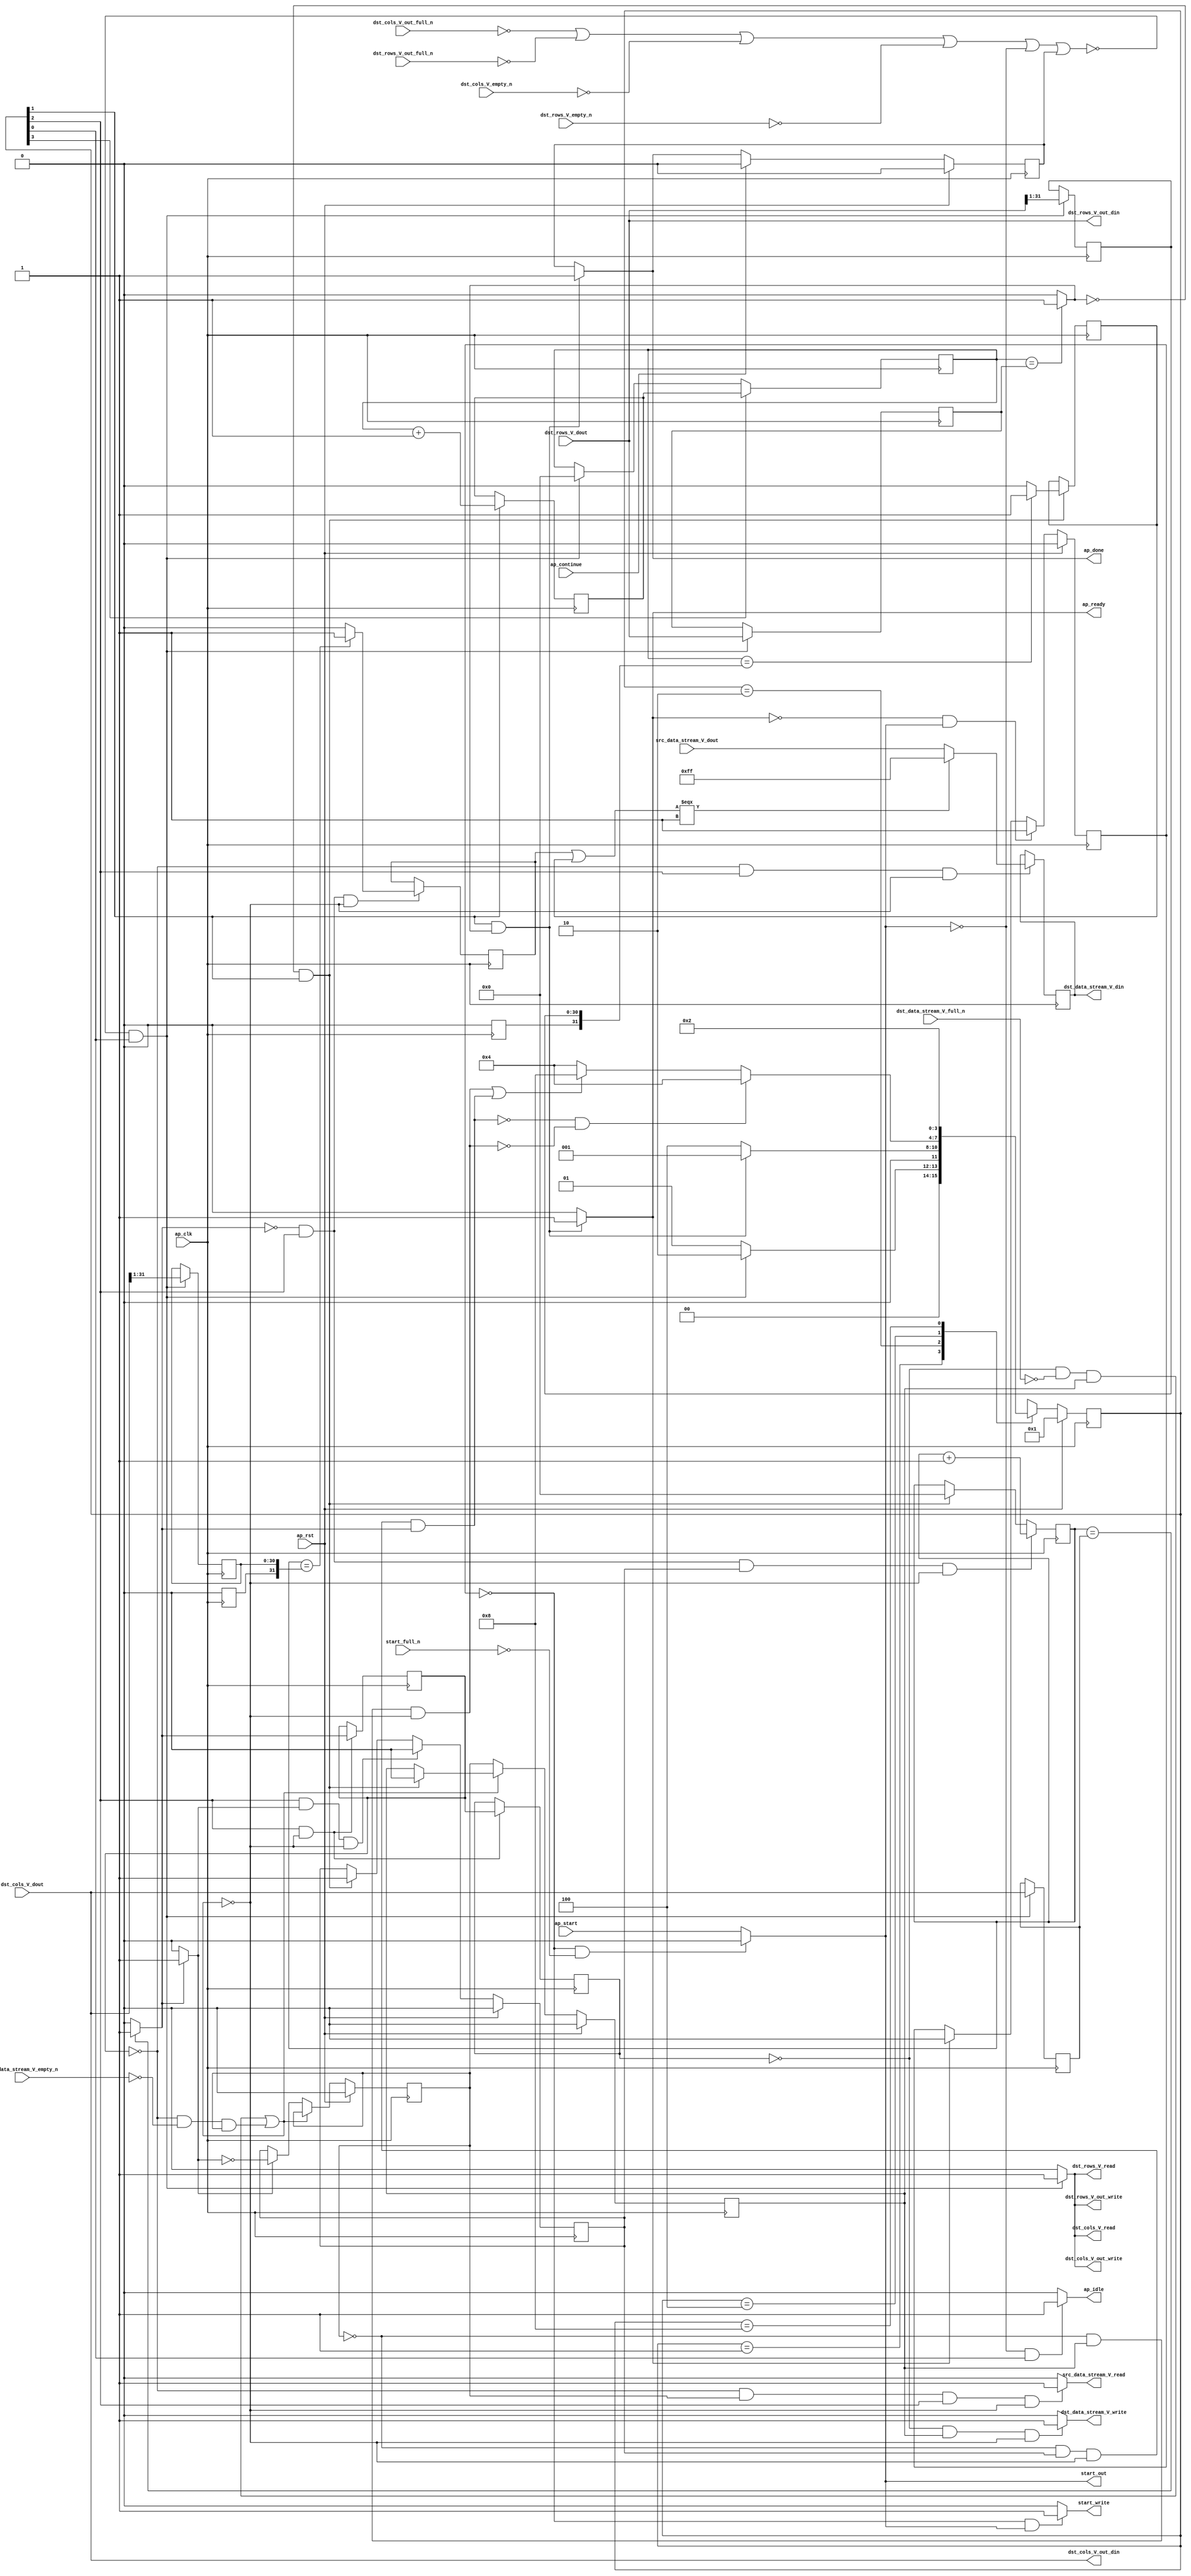
// ==============================================================
// RTL generated by Vivado(TM) HLS - High-Level Synthesis from C, C++ and SystemC
// Version: 2018.2
// Copyright (C) 1986-2018 Xilinx, Inc. All Rights Reserved.
// 
// ===========================================================

`timescale 1 ns / 1 ps 

module draw_middle_line (
        ap_clk,
        ap_rst,
        ap_start,
        start_full_n,
        ap_done,
        ap_continue,
        ap_idle,
        ap_ready,
        start_out,
        start_write,
        src_data_stream_V_dout,
        src_data_stream_V_empty_n,
        src_data_stream_V_read,
        dst_rows_V_dout,
        dst_rows_V_empty_n,
        dst_rows_V_read,
        dst_cols_V_dout,
        dst_cols_V_empty_n,
        dst_cols_V_read,
        dst_data_stream_V_din,
        dst_data_stream_V_full_n,
        dst_data_stream_V_write,
        dst_rows_V_out_din,
        dst_rows_V_out_full_n,
        dst_rows_V_out_write,
        dst_cols_V_out_din,
        dst_cols_V_out_full_n,
        dst_cols_V_out_write
);

parameter    ap_ST_fsm_state1 = 4'd1;
parameter    ap_ST_fsm_state2 = 4'd2;
parameter    ap_ST_fsm_pp0_stage0 = 4'd4;
parameter    ap_ST_fsm_state6 = 4'd8;

input   ap_clk;
input   ap_rst;
input   ap_start;
input   start_full_n;
output   ap_done;
input   ap_continue;
output   ap_idle;
output   ap_ready;
output   start_out;
output   start_write;
input  [7:0] src_data_stream_V_dout;
input   src_data_stream_V_empty_n;
output   src_data_stream_V_read;
input  [31:0] dst_rows_V_dout;
input   dst_rows_V_empty_n;
output   dst_rows_V_read;
input  [31:0] dst_cols_V_dout;
input   dst_cols_V_empty_n;
output   dst_cols_V_read;
output  [7:0] dst_data_stream_V_din;
input   dst_data_stream_V_full_n;
output   dst_data_stream_V_write;
output  [31:0] dst_rows_V_out_din;
input   dst_rows_V_out_full_n;
output   dst_rows_V_out_write;
output  [31:0] dst_cols_V_out_din;
input   dst_cols_V_out_full_n;
output   dst_cols_V_out_write;

reg ap_done;
reg ap_idle;
reg start_write;
reg src_data_stream_V_read;
reg dst_rows_V_read;
reg dst_cols_V_read;
reg dst_data_stream_V_write;
reg dst_rows_V_out_write;
reg dst_cols_V_out_write;

reg    real_start;
reg    start_once_reg;
reg    ap_done_reg;
(* fsm_encoding = "none" *) reg   [3:0] ap_CS_fsm;
wire    ap_CS_fsm_state1;
reg    internal_ap_ready;
reg    src_data_stream_V_blk_n;
wire    ap_CS_fsm_pp0_stage0;
reg    ap_enable_reg_pp0_iter1;
wire    ap_block_pp0_stage0;
reg   [0:0] exitcond_i_reg_299;
reg    dst_rows_V_blk_n;
reg    dst_cols_V_blk_n;
reg    dst_data_stream_V_blk_n;
reg    ap_enable_reg_pp0_iter2;
reg   [0:0] exitcond_i_reg_299_pp0_iter1_reg;
reg    dst_rows_V_out_blk_n;
reg    dst_cols_V_out_blk_n;
reg   [31:0] t_V_1_reg_182;
reg   [31:0] rows_V_reg_265;
reg    ap_block_state1;
reg   [31:0] cols_V_reg_270;
wire   [31:0] r_V_2_fu_203_p1;
reg   [31:0] r_V_2_reg_275;
wire   [31:0] r_V_3_fu_217_p1;
reg   [31:0] r_V_3_reg_280;
wire   [0:0] exitcond1_i_fu_221_p2;
wire    ap_CS_fsm_state2;
wire   [31:0] i_V_fu_226_p2;
reg   [31:0] i_V_reg_289;
wire   [0:0] tmp_2_i_fu_232_p2;
reg   [0:0] tmp_2_i_reg_294;
wire   [0:0] exitcond_i_fu_237_p2;
wire    ap_block_state3_pp0_stage0_iter0;
reg    ap_block_state4_pp0_stage0_iter1;
reg    ap_block_state5_pp0_stage0_iter2;
reg    ap_block_pp0_stage0_11001;
wire   [31:0] j_V_fu_242_p2;
reg    ap_enable_reg_pp0_iter0;
wire   [0:0] tmp_i_fu_248_p2;
reg   [0:0] tmp_i_reg_308;
wire   [7:0] tmp_1_fu_257_p3;
reg   [7:0] tmp_1_reg_313;
reg    ap_block_pp0_stage0_subdone;
reg    ap_condition_pp0_exit_iter0_state3;
reg   [31:0] t_V_reg_171;
wire    ap_CS_fsm_state6;
reg    ap_block_pp0_stage0_01001;
wire   [30:0] r_V_fu_193_p4;
wire   [30:0] r_V_1_fu_207_p4;
wire   [0:0] or_cond_i_fu_253_p2;
reg   [3:0] ap_NS_fsm;
reg    ap_idle_pp0;
wire    ap_enable_pp0;

// power-on initialization
initial begin
#0 start_once_reg = 1'b0;
#0 ap_done_reg = 1'b0;
#0 ap_CS_fsm = 4'd1;
#0 ap_enable_reg_pp0_iter1 = 1'b0;
#0 ap_enable_reg_pp0_iter2 = 1'b0;
#0 ap_enable_reg_pp0_iter0 = 1'b0;
end

always @ (posedge ap_clk) begin
    if (ap_rst == 1'b1) begin
        ap_CS_fsm <= ap_ST_fsm_state1;
    end else begin
        ap_CS_fsm <= ap_NS_fsm;
    end
end

always @ (posedge ap_clk) begin
    if (ap_rst == 1'b1) begin
        ap_done_reg <= 1'b0;
    end else begin
        if ((ap_continue == 1'b1)) begin
            ap_done_reg <= 1'b0;
        end else if (((1'b1 == ap_CS_fsm_state2) & (exitcond1_i_fu_221_p2 == 1'd1))) begin
            ap_done_reg <= 1'b1;
        end
    end
end

always @ (posedge ap_clk) begin
    if (ap_rst == 1'b1) begin
        ap_enable_reg_pp0_iter0 <= 1'b0;
    end else begin
        if (((1'b1 == ap_CS_fsm_pp0_stage0) & (1'b1 == ap_condition_pp0_exit_iter0_state3) & (1'b0 == ap_block_pp0_stage0_subdone))) begin
            ap_enable_reg_pp0_iter0 <= 1'b0;
        end else if (((exitcond1_i_fu_221_p2 == 1'd0) & (1'b1 == ap_CS_fsm_state2))) begin
            ap_enable_reg_pp0_iter0 <= 1'b1;
        end
    end
end

always @ (posedge ap_clk) begin
    if (ap_rst == 1'b1) begin
        ap_enable_reg_pp0_iter1 <= 1'b0;
    end else begin
        if ((1'b0 == ap_block_pp0_stage0_subdone)) begin
            if ((1'b1 == ap_condition_pp0_exit_iter0_state3)) begin
                ap_enable_reg_pp0_iter1 <= (1'b1 ^ ap_condition_pp0_exit_iter0_state3);
            end else if ((1'b1 == 1'b1)) begin
                ap_enable_reg_pp0_iter1 <= ap_enable_reg_pp0_iter0;
            end
        end
    end
end

always @ (posedge ap_clk) begin
    if (ap_rst == 1'b1) begin
        ap_enable_reg_pp0_iter2 <= 1'b0;
    end else begin
        if ((1'b0 == ap_block_pp0_stage0_subdone)) begin
            ap_enable_reg_pp0_iter2 <= ap_enable_reg_pp0_iter1;
        end else if (((exitcond1_i_fu_221_p2 == 1'd0) & (1'b1 == ap_CS_fsm_state2))) begin
            ap_enable_reg_pp0_iter2 <= 1'b0;
        end
    end
end

always @ (posedge ap_clk) begin
    if (ap_rst == 1'b1) begin
        start_once_reg <= 1'b0;
    end else begin
        if (((internal_ap_ready == 1'b0) & (real_start == 1'b1))) begin
            start_once_reg <= 1'b1;
        end else if ((internal_ap_ready == 1'b1)) begin
            start_once_reg <= 1'b0;
        end
    end
end

always @ (posedge ap_clk) begin
    if (((exitcond_i_fu_237_p2 == 1'd0) & (1'b1 == ap_CS_fsm_pp0_stage0) & (ap_enable_reg_pp0_iter0 == 1'b1) & (1'b0 == ap_block_pp0_stage0_11001))) begin
        t_V_1_reg_182 <= j_V_fu_242_p2;
    end else if (((exitcond1_i_fu_221_p2 == 1'd0) & (1'b1 == ap_CS_fsm_state2))) begin
        t_V_1_reg_182 <= 32'd0;
    end
end

always @ (posedge ap_clk) begin
    if ((1'b1 == ap_CS_fsm_state6)) begin
        t_V_reg_171 <= i_V_reg_289;
    end else if ((~((dst_cols_V_out_full_n == 1'b0) | (dst_rows_V_out_full_n == 1'b0) | (dst_cols_V_empty_n == 1'b0) | (dst_rows_V_empty_n == 1'b0) | (real_start == 1'b0) | (ap_done_reg == 1'b1)) & (1'b1 == ap_CS_fsm_state1))) begin
        t_V_reg_171 <= 32'd0;
    end
end

always @ (posedge ap_clk) begin
    if ((~((dst_cols_V_out_full_n == 1'b0) | (dst_rows_V_out_full_n == 1'b0) | (dst_cols_V_empty_n == 1'b0) | (dst_rows_V_empty_n == 1'b0) | (real_start == 1'b0) | (ap_done_reg == 1'b1)) & (1'b1 == ap_CS_fsm_state1))) begin
        cols_V_reg_270 <= dst_cols_V_dout;
        r_V_2_reg_275[30 : 0] <= r_V_2_fu_203_p1[30 : 0];
        r_V_3_reg_280[30 : 0] <= r_V_3_fu_217_p1[30 : 0];
        rows_V_reg_265 <= dst_rows_V_dout;
    end
end

always @ (posedge ap_clk) begin
    if (((1'b1 == ap_CS_fsm_pp0_stage0) & (1'b0 == ap_block_pp0_stage0_11001))) begin
        exitcond_i_reg_299 <= exitcond_i_fu_237_p2;
        exitcond_i_reg_299_pp0_iter1_reg <= exitcond_i_reg_299;
    end
end

always @ (posedge ap_clk) begin
    if ((1'b1 == ap_CS_fsm_state2)) begin
        i_V_reg_289 <= i_V_fu_226_p2;
    end
end

always @ (posedge ap_clk) begin
    if (((exitcond_i_reg_299 == 1'd0) & (1'b1 == ap_CS_fsm_pp0_stage0) & (1'b0 == ap_block_pp0_stage0_11001))) begin
        tmp_1_reg_313 <= tmp_1_fu_257_p3;
    end
end

always @ (posedge ap_clk) begin
    if (((exitcond1_i_fu_221_p2 == 1'd0) & (1'b1 == ap_CS_fsm_state2))) begin
        tmp_2_i_reg_294 <= tmp_2_i_fu_232_p2;
    end
end

always @ (posedge ap_clk) begin
    if (((exitcond_i_fu_237_p2 == 1'd0) & (1'b1 == ap_CS_fsm_pp0_stage0) & (1'b0 == ap_block_pp0_stage0_11001))) begin
        tmp_i_reg_308 <= tmp_i_fu_248_p2;
    end
end

always @ (*) begin
    if ((exitcond_i_fu_237_p2 == 1'd1)) begin
        ap_condition_pp0_exit_iter0_state3 = 1'b1;
    end else begin
        ap_condition_pp0_exit_iter0_state3 = 1'b0;
    end
end

always @ (*) begin
    if (((1'b1 == ap_CS_fsm_state2) & (exitcond1_i_fu_221_p2 == 1'd1))) begin
        ap_done = 1'b1;
    end else begin
        ap_done = ap_done_reg;
    end
end

always @ (*) begin
    if (((real_start == 1'b0) & (1'b1 == ap_CS_fsm_state1))) begin
        ap_idle = 1'b1;
    end else begin
        ap_idle = 1'b0;
    end
end

always @ (*) begin
    if (((ap_enable_reg_pp0_iter2 == 1'b0) & (ap_enable_reg_pp0_iter1 == 1'b0) & (ap_enable_reg_pp0_iter0 == 1'b0))) begin
        ap_idle_pp0 = 1'b1;
    end else begin
        ap_idle_pp0 = 1'b0;
    end
end

always @ (*) begin
    if ((~((real_start == 1'b0) | (ap_done_reg == 1'b1)) & (1'b1 == ap_CS_fsm_state1))) begin
        dst_cols_V_blk_n = dst_cols_V_empty_n;
    end else begin
        dst_cols_V_blk_n = 1'b1;
    end
end

always @ (*) begin
    if ((~((real_start == 1'b0) | (ap_done_reg == 1'b1)) & (1'b1 == ap_CS_fsm_state1))) begin
        dst_cols_V_out_blk_n = dst_cols_V_out_full_n;
    end else begin
        dst_cols_V_out_blk_n = 1'b1;
    end
end

always @ (*) begin
    if ((~((dst_cols_V_out_full_n == 1'b0) | (dst_rows_V_out_full_n == 1'b0) | (dst_cols_V_empty_n == 1'b0) | (dst_rows_V_empty_n == 1'b0) | (real_start == 1'b0) | (ap_done_reg == 1'b1)) & (1'b1 == ap_CS_fsm_state1))) begin
        dst_cols_V_out_write = 1'b1;
    end else begin
        dst_cols_V_out_write = 1'b0;
    end
end

always @ (*) begin
    if ((~((dst_cols_V_out_full_n == 1'b0) | (dst_rows_V_out_full_n == 1'b0) | (dst_cols_V_empty_n == 1'b0) | (dst_rows_V_empty_n == 1'b0) | (real_start == 1'b0) | (ap_done_reg == 1'b1)) & (1'b1 == ap_CS_fsm_state1))) begin
        dst_cols_V_read = 1'b1;
    end else begin
        dst_cols_V_read = 1'b0;
    end
end

always @ (*) begin
    if (((exitcond_i_reg_299_pp0_iter1_reg == 1'd0) & (1'b0 == ap_block_pp0_stage0) & (ap_enable_reg_pp0_iter2 == 1'b1))) begin
        dst_data_stream_V_blk_n = dst_data_stream_V_full_n;
    end else begin
        dst_data_stream_V_blk_n = 1'b1;
    end
end

always @ (*) begin
    if (((exitcond_i_reg_299_pp0_iter1_reg == 1'd0) & (ap_enable_reg_pp0_iter2 == 1'b1) & (1'b0 == ap_block_pp0_stage0_11001))) begin
        dst_data_stream_V_write = 1'b1;
    end else begin
        dst_data_stream_V_write = 1'b0;
    end
end

always @ (*) begin
    if ((~((real_start == 1'b0) | (ap_done_reg == 1'b1)) & (1'b1 == ap_CS_fsm_state1))) begin
        dst_rows_V_blk_n = dst_rows_V_empty_n;
    end else begin
        dst_rows_V_blk_n = 1'b1;
    end
end

always @ (*) begin
    if ((~((real_start == 1'b0) | (ap_done_reg == 1'b1)) & (1'b1 == ap_CS_fsm_state1))) begin
        dst_rows_V_out_blk_n = dst_rows_V_out_full_n;
    end else begin
        dst_rows_V_out_blk_n = 1'b1;
    end
end

always @ (*) begin
    if ((~((dst_cols_V_out_full_n == 1'b0) | (dst_rows_V_out_full_n == 1'b0) | (dst_cols_V_empty_n == 1'b0) | (dst_rows_V_empty_n == 1'b0) | (real_start == 1'b0) | (ap_done_reg == 1'b1)) & (1'b1 == ap_CS_fsm_state1))) begin
        dst_rows_V_out_write = 1'b1;
    end else begin
        dst_rows_V_out_write = 1'b0;
    end
end

always @ (*) begin
    if ((~((dst_cols_V_out_full_n == 1'b0) | (dst_rows_V_out_full_n == 1'b0) | (dst_cols_V_empty_n == 1'b0) | (dst_rows_V_empty_n == 1'b0) | (real_start == 1'b0) | (ap_done_reg == 1'b1)) & (1'b1 == ap_CS_fsm_state1))) begin
        dst_rows_V_read = 1'b1;
    end else begin
        dst_rows_V_read = 1'b0;
    end
end

always @ (*) begin
    if (((1'b1 == ap_CS_fsm_state2) & (exitcond1_i_fu_221_p2 == 1'd1))) begin
        internal_ap_ready = 1'b1;
    end else begin
        internal_ap_ready = 1'b0;
    end
end

always @ (*) begin
    if (((start_once_reg == 1'b0) & (start_full_n == 1'b0))) begin
        real_start = 1'b0;
    end else begin
        real_start = ap_start;
    end
end

always @ (*) begin
    if (((exitcond_i_reg_299 == 1'd0) & (1'b0 == ap_block_pp0_stage0) & (ap_enable_reg_pp0_iter1 == 1'b1) & (1'b1 == ap_CS_fsm_pp0_stage0))) begin
        src_data_stream_V_blk_n = src_data_stream_V_empty_n;
    end else begin
        src_data_stream_V_blk_n = 1'b1;
    end
end

always @ (*) begin
    if (((exitcond_i_reg_299 == 1'd0) & (ap_enable_reg_pp0_iter1 == 1'b1) & (1'b1 == ap_CS_fsm_pp0_stage0) & (1'b0 == ap_block_pp0_stage0_11001))) begin
        src_data_stream_V_read = 1'b1;
    end else begin
        src_data_stream_V_read = 1'b0;
    end
end

always @ (*) begin
    if (((start_once_reg == 1'b0) & (real_start == 1'b1))) begin
        start_write = 1'b1;
    end else begin
        start_write = 1'b0;
    end
end

always @ (*) begin
    case (ap_CS_fsm)
        ap_ST_fsm_state1 : begin
            if ((~((dst_cols_V_out_full_n == 1'b0) | (dst_rows_V_out_full_n == 1'b0) | (dst_cols_V_empty_n == 1'b0) | (dst_rows_V_empty_n == 1'b0) | (real_start == 1'b0) | (ap_done_reg == 1'b1)) & (1'b1 == ap_CS_fsm_state1))) begin
                ap_NS_fsm = ap_ST_fsm_state2;
            end else begin
                ap_NS_fsm = ap_ST_fsm_state1;
            end
        end
        ap_ST_fsm_state2 : begin
            if (((1'b1 == ap_CS_fsm_state2) & (exitcond1_i_fu_221_p2 == 1'd1))) begin
                ap_NS_fsm = ap_ST_fsm_state1;
            end else begin
                ap_NS_fsm = ap_ST_fsm_pp0_stage0;
            end
        end
        ap_ST_fsm_pp0_stage0 : begin
            if ((~((ap_enable_reg_pp0_iter1 == 1'b0) & (ap_enable_reg_pp0_iter0 == 1'b1) & (1'b0 == ap_block_pp0_stage0_subdone) & (exitcond_i_fu_237_p2 == 1'd1)) & ~((ap_enable_reg_pp0_iter1 == 1'b0) & (ap_enable_reg_pp0_iter2 == 1'b1) & (1'b0 == ap_block_pp0_stage0_subdone)))) begin
                ap_NS_fsm = ap_ST_fsm_pp0_stage0;
            end else if ((((ap_enable_reg_pp0_iter1 == 1'b0) & (ap_enable_reg_pp0_iter2 == 1'b1) & (1'b0 == ap_block_pp0_stage0_subdone)) | ((ap_enable_reg_pp0_iter1 == 1'b0) & (ap_enable_reg_pp0_iter0 == 1'b1) & (1'b0 == ap_block_pp0_stage0_subdone) & (exitcond_i_fu_237_p2 == 1'd1)))) begin
                ap_NS_fsm = ap_ST_fsm_state6;
            end else begin
                ap_NS_fsm = ap_ST_fsm_pp0_stage0;
            end
        end
        ap_ST_fsm_state6 : begin
            ap_NS_fsm = ap_ST_fsm_state2;
        end
        default : begin
            ap_NS_fsm = 'bx;
        end
    endcase
end

assign ap_CS_fsm_pp0_stage0 = ap_CS_fsm[32'd2];

assign ap_CS_fsm_state1 = ap_CS_fsm[32'd0];

assign ap_CS_fsm_state2 = ap_CS_fsm[32'd1];

assign ap_CS_fsm_state6 = ap_CS_fsm[32'd3];

assign ap_block_pp0_stage0 = ~(1'b1 == 1'b1);

always @ (*) begin
    ap_block_pp0_stage0_01001 = (((exitcond_i_reg_299_pp0_iter1_reg == 1'd0) & (dst_data_stream_V_full_n == 1'b0) & (ap_enable_reg_pp0_iter2 == 1'b1)) | ((exitcond_i_reg_299 == 1'd0) & (src_data_stream_V_empty_n == 1'b0) & (ap_enable_reg_pp0_iter1 == 1'b1)));
end

always @ (*) begin
    ap_block_pp0_stage0_11001 = (((exitcond_i_reg_299_pp0_iter1_reg == 1'd0) & (dst_data_stream_V_full_n == 1'b0) & (ap_enable_reg_pp0_iter2 == 1'b1)) | ((exitcond_i_reg_299 == 1'd0) & (src_data_stream_V_empty_n == 1'b0) & (ap_enable_reg_pp0_iter1 == 1'b1)));
end

always @ (*) begin
    ap_block_pp0_stage0_subdone = (((exitcond_i_reg_299_pp0_iter1_reg == 1'd0) & (dst_data_stream_V_full_n == 1'b0) & (ap_enable_reg_pp0_iter2 == 1'b1)) | ((exitcond_i_reg_299 == 1'd0) & (src_data_stream_V_empty_n == 1'b0) & (ap_enable_reg_pp0_iter1 == 1'b1)));
end

always @ (*) begin
    ap_block_state1 = ((dst_cols_V_out_full_n == 1'b0) | (dst_rows_V_out_full_n == 1'b0) | (dst_cols_V_empty_n == 1'b0) | (dst_rows_V_empty_n == 1'b0) | (real_start == 1'b0) | (ap_done_reg == 1'b1));
end

assign ap_block_state3_pp0_stage0_iter0 = ~(1'b1 == 1'b1);

always @ (*) begin
    ap_block_state4_pp0_stage0_iter1 = ((exitcond_i_reg_299 == 1'd0) & (src_data_stream_V_empty_n == 1'b0));
end

always @ (*) begin
    ap_block_state5_pp0_stage0_iter2 = ((exitcond_i_reg_299_pp0_iter1_reg == 1'd0) & (dst_data_stream_V_full_n == 1'b0));
end

assign ap_enable_pp0 = (ap_idle_pp0 ^ 1'b1);

assign ap_ready = internal_ap_ready;

assign dst_cols_V_out_din = dst_cols_V_dout;

assign dst_data_stream_V_din = tmp_1_reg_313;

assign dst_rows_V_out_din = dst_rows_V_dout;

assign exitcond1_i_fu_221_p2 = ((t_V_reg_171 == rows_V_reg_265) ? 1'b1 : 1'b0);

assign exitcond_i_fu_237_p2 = ((t_V_1_reg_182 == cols_V_reg_270) ? 1'b1 : 1'b0);

assign i_V_fu_226_p2 = (t_V_reg_171 + 32'd1);

assign j_V_fu_242_p2 = (t_V_1_reg_182 + 32'd1);

assign or_cond_i_fu_253_p2 = (tmp_i_reg_308 | tmp_2_i_reg_294);

assign r_V_1_fu_207_p4 = {{dst_cols_V_dout[31:1]}};

assign r_V_2_fu_203_p1 = r_V_fu_193_p4;

assign r_V_3_fu_217_p1 = r_V_1_fu_207_p4;

assign r_V_fu_193_p4 = {{dst_rows_V_dout[31:1]}};

assign start_out = real_start;

assign tmp_1_fu_257_p3 = ((or_cond_i_fu_253_p2[0:0] === 1'b1) ? 8'd255 : src_data_stream_V_dout);

assign tmp_2_i_fu_232_p2 = ((t_V_reg_171 == r_V_2_reg_275) ? 1'b1 : 1'b0);

assign tmp_i_fu_248_p2 = ((t_V_1_reg_182 == r_V_3_reg_280) ? 1'b1 : 1'b0);

always @ (posedge ap_clk) begin
    r_V_2_reg_275[31] <= 1'b0;
    r_V_3_reg_280[31] <= 1'b0;
end

endmodule //draw_middle_line